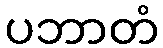
ပဘာတံ